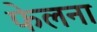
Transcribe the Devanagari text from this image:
फेलना